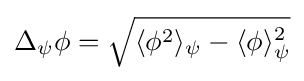
\Delta _{\psi }\phi ={\sqrt {\langle {\phi }^{2}\rangle _{\psi }-\langle {\phi }\rangle _{\psi }^{2}}}